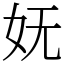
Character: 妩